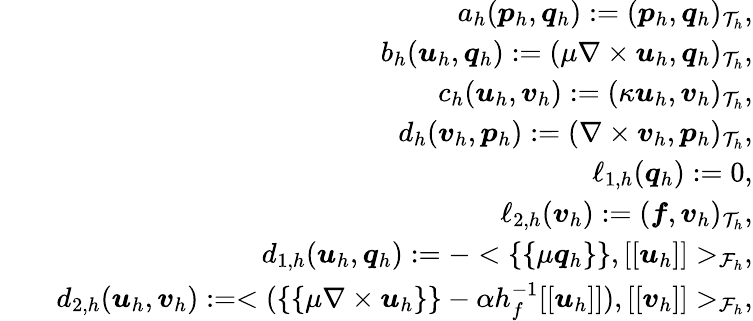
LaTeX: \begin{array}{rlr}&{}&{a_{h}(\boldsymbol{p}_{h},\boldsymbol{q}_{h}):=(\boldsymbol{p}_{h},\boldsymbol{q}_{h})_{\mathcal{T}_{h}},}\\ &{}&{b_{h}(\boldsymbol{u}_{h},\boldsymbol{q}_{h}):=(\mu\nabla\times\boldsymbol{u}_{h},\boldsymbol{q}_{h})_{\mathcal{T}_{h}},}\\ &{}&{c_{h}(\boldsymbol{u}_{h},\boldsymbol{v}_{h}):=(\kappa\boldsymbol{u}_{h},\boldsymbol{v}_{h})_{\mathcal{T}_{h}},}\\ &{}&{d_{h}(\boldsymbol{v}_{h},\boldsymbol{p}_{h}):=(\nabla\times\boldsymbol{v}_{h},\boldsymbol{p}_{h})_{\mathcal{T}_{h}},}\\ &{}&{\ell_{1,h}(\boldsymbol{q}_{h}):=0,}\\ &{}&{\ell_{2,h}(\boldsymbol{v}_{h}):=(\boldsymbol{f},\boldsymbol{v}_{h})_{\mathcal{T}_{h}},}\\ &{}&{d_{1,h}(\boldsymbol{u}_{h},\boldsymbol{q}_{h}):=-<\{ \{ \mu\boldsymbol{q}_{h}\} \} ,[[\boldsymbol{u}_{h}]]>_{\mathcal{F}_{h}},}\\ &{}&{d_{2,h}(\boldsymbol{u}_{h},\boldsymbol{v}_{h}):=<(\{ \{ \mu\nabla\times\boldsymbol{u}_{h}\} \} -\alpha h_{f}^{-1}[[\boldsymbol{u}_{h}]]),[[\boldsymbol{v}_{h}]]>_{\mathcal{F}_{h}},}\end{array}